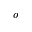
o